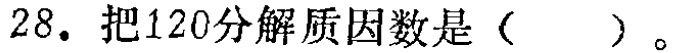
28. 把120分解质因数是（  ）。